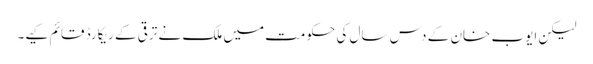
لیکن ایوب خان کے دس سال کی حکومت میں ملک نے ترقی کے ریکارڈ قائم کیے۔